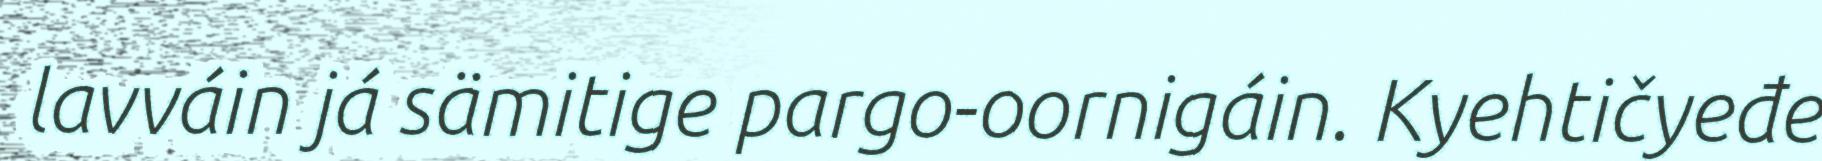
lavváin já sämitige pargo-oornigáin. Kyehtičyeđe